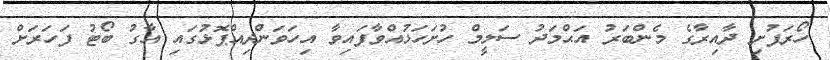
ހޯރަފުށި ދާއިރާގެ މެންބަރު އަޙްމަދު ސަލީމް ހުށަހަޅުއްވާފައިވާ އިހަވަންދިއްޕޮޅުގައި އާގު ބޯޓު ފަހަރަށް